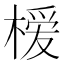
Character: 𪳗